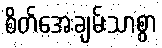
စိတ်အေးချမ်းသာစွာ